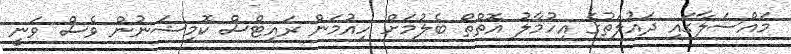
މައްސަލާގައި ދައުލަތުގެ އިހުމާލު އޮތްތޯ ބެލުމަށް ހިއުމަން ރައިޓްސް ކޮމިޝަނުން ވެސް ވަނީ